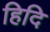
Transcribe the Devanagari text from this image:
हिदि